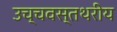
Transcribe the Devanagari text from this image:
उच्चवस्तथरीय